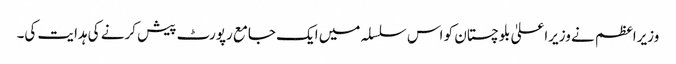
وزیراعظم نے وزیراعلیٰ بلوچستان کو اس سلسلہ میں ایک جامع رپورٹ پیش کرنے کی ہدایت کی۔